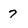
Character: 7